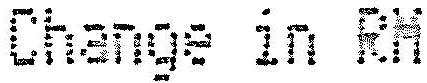
CHANGE IN RM